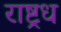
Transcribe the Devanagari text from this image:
राष्ट्रध